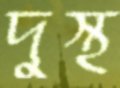
দুস্থ